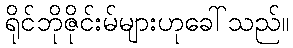
ရိုင်ဘိုဇိုင်းမ်များဟုခေါ်သည်။